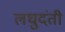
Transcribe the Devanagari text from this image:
लघुदंती